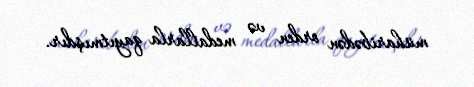
müharibədən orden və medallarla qayıtmışdır.